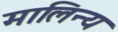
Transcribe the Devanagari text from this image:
मालिन्य